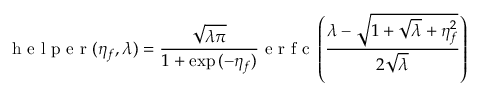
\mathrm { ~ h ~ e ~ l ~ p ~ e ~ r ~ } ( \eta _ { f } , \lambda ) = \frac { \sqrt { \lambda \pi } } { 1 + \exp { ( - \eta _ { f } ) } } \mathrm { ~ e ~ r ~ f ~ c ~ } \left( \frac { \lambda - \sqrt { 1 + \sqrt { \lambda } + \eta _ { f } ^ { 2 } } } { 2 \sqrt { \lambda } } \right)